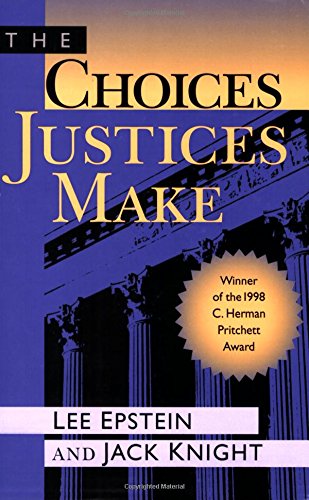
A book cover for The Choices Justices Make; Jack Knight; Law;